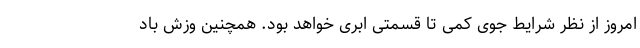
امروز از نظر شرایط جوی کمی تا قسمتی ابری خواهد بود. همچنین وزش باد